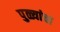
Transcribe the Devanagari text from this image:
पुळ्यांचा